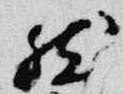
然